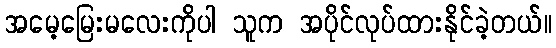
အမေ့မြေးမလေးကိုပါ သူက အပိုင်လုပ်ထားနိုင်ခဲ့တယ်။